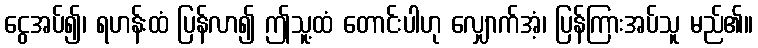
ငွေအပ်၍၊ ရဟန်းထံ ပြန်လာ၍ ဤသူ့ထံ တောင်းပါဟု လျှောက်အံ့၊ ပြန်ကြားအပ်သူ မည်၏။